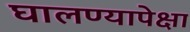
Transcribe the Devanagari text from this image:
घालण्यापेक्षा